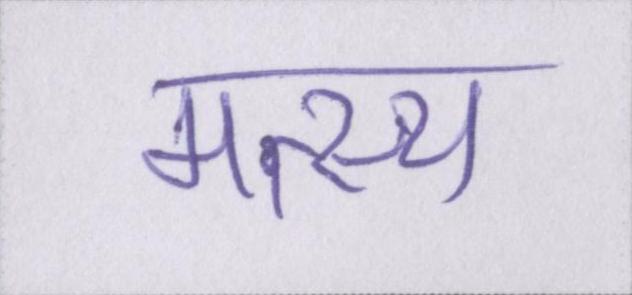
मत्स्य